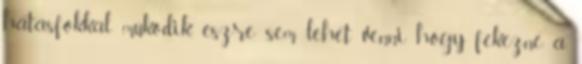
hatásfokkal müködik, észre sem lehet venni, hogy fékezné a